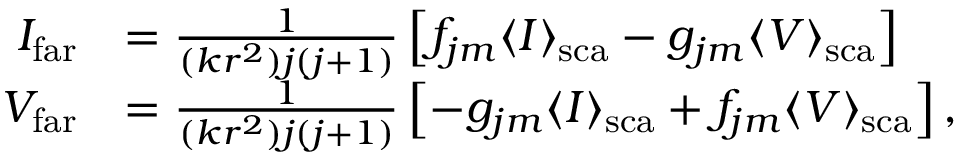
\begin{array} { r l } { I _ { \mathrm { f a r } } } & { = \frac { 1 } { ( k r ^ { 2 } ) j ( j + 1 ) } \left[ f _ { j m } \langle I \rangle _ { \mathrm { s c a } } - g _ { j m } \langle V \rangle _ { \mathrm { s c a } } \right] } \\ { V _ { \mathrm { f a r } } } & { = \frac { 1 } { ( k r ^ { 2 } ) j ( j + 1 ) } \left[ - g _ { j m } \langle I \rangle _ { \mathrm { s c a } } + f _ { j m } \langle V \rangle _ { \mathrm { s c a } } \right] , } \end{array}